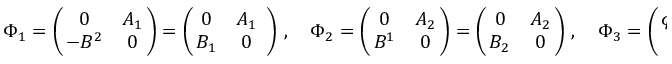
\Phi _ { 1 } = \left( \! \! \begin{array} { c c } { { 0 } } & { { A _ { 1 } } } \\ { { - B ^ { 2 } } } & { { 0 } } \end{array} \! \! \right) = \left( \! \! \begin{array} { c c } { { 0 } } & { { A _ { 1 } } } \\ { { B _ { 1 } } } & { { 0 } } \end{array} \right) \, , \quad \Phi _ { 2 } = \left( \! \! \begin{array} { c c } { { 0 } } & { { A _ { 2 } } } \\ { { B ^ { 1 } } } & { { 0 } } \end{array} \! \! \right) = \left( \! \! \begin{array} { c c } { { 0 } } & { { A _ { 2 } } } \\ { { B _ { 2 } } } & { { 0 } } \end{array} \! \! \right) \, , \quad \Phi _ { 3 } = \left( \! \! \begin{array} { c c } { { \phi _ { 1 } } } & { { 0 } } \\ { { 0 } } & { { \phi _ { 2 } } } \end{array} \! \! \right) .